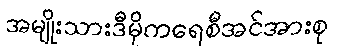
အမျိုးသားဒီမိုကရေစီအင်အားစု